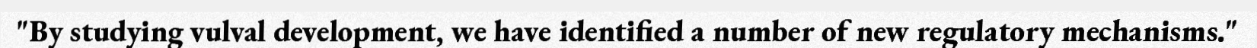
"By studying vulval development, we have identified a number of new regulatory mechanisms."